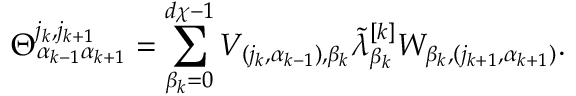
\Theta _ { \alpha _ { k - 1 } \alpha _ { k + 1 } } ^ { j _ { k } , j _ { k + 1 } } = \sum _ { \beta _ { k } = 0 } ^ { d \chi - 1 } V _ { ( j _ { k } , \alpha _ { k - 1 } ) , \beta _ { k } } \Tilde { \lambda } _ { \beta _ { k } } ^ { [ k ] } W _ { \beta _ { k } , ( j _ { k + 1 } , \alpha _ { k + 1 } ) } .